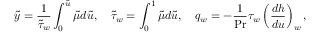
{ \tilde { y } } = { \frac { 1 } { { \tilde { \tau } } _ { w } } } \int _ { 0 } ^ { \tilde { u } } { \tilde { \mu } } d { \tilde { u } } , \quad { \tilde { \tau } } _ { w } = \int _ { 0 } ^ { 1 } { \tilde { \mu } } d { \tilde { u } } , \quad q _ { w } = - { \frac { 1 } { \mathrm { P r } } } \tau _ { w } \left( { \frac { d h } { d u } } \right) _ { w } ,